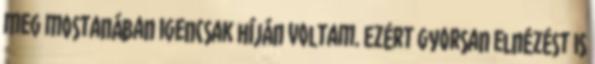
meg mostanában igencsak híján voltam. Ezért gyorsan elnézést is